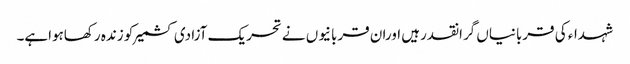
شہداء کی قربانیاں گرانقدرہیں اوران قربانیوں نے تحریک آزادی کشمیرکو زندہ رکھاہواہے۔